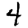
Digit: 4